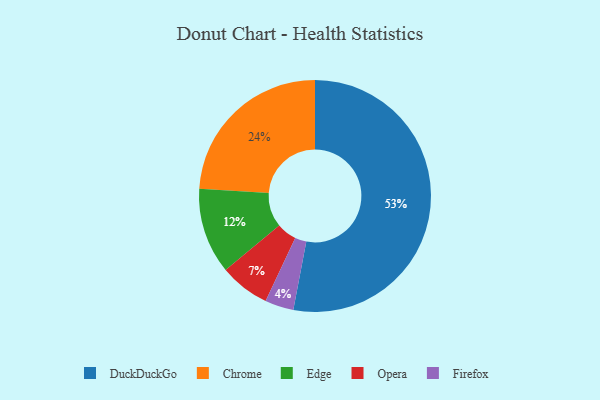
{"axis": {"x": "Category", "y": "Percentage"}, "legend": ["Chrome", "DuckDuckGo", "Edge", "Firefox", "Opera"], "data": [{"x": "Edge", "y": 12, "type": "Edge"}, {"x": "Firefox", "y": 4, "type": "Firefox"}, {"x": "DuckDuckGo", "y": 53, "type": "DuckDuckGo"}, {"x": "Opera", "y": 7, "type": "Opera"}, {"x": "Chrome", "y": 24, "type": "Chrome"}]}